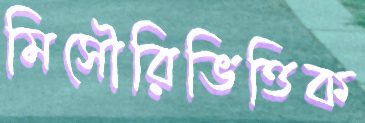
মিসৌরিভিত্তিক